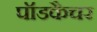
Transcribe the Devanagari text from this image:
पॉडकैचर